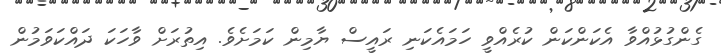
ގެންގުޅުއްވާ އެކަންކަން ކުރެއްވީ ހަމައެކަނި ރައީސް ޔާމިން ކަމަށެވެ. އިތުރަށް ވާހަކަ ދައްކަވަމުން